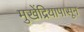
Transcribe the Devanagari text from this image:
मुखेंद्रियापासून